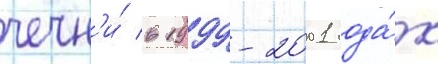
чечн'и́ в 1999-2001 года́х